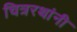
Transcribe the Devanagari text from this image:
चित्ररथांनी